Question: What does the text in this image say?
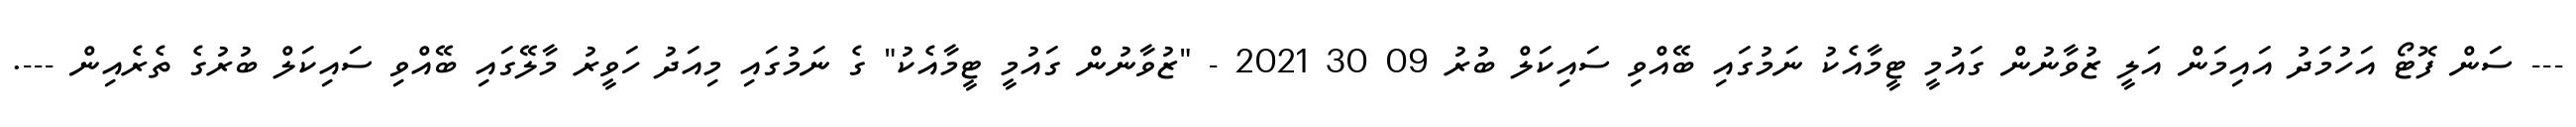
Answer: --- ސަން ފޮޓޯ އަހުމަދު އައިމަން އަލީ ޒުވާނުން ގައުމީ ޓީމާއެކު ނަމުގައި ބޭއްވި ސައިކަލް ބުރު 09 30 2021 - "ޒުވާނުން ގައުމީ ޓީމާއެކު" ގެ ނަމުގައި މިއަދު ހަވީރު މާލޭގައި ބޭއްވި ސައިކަލް ބުރުގެ ތެރެއިން ---.